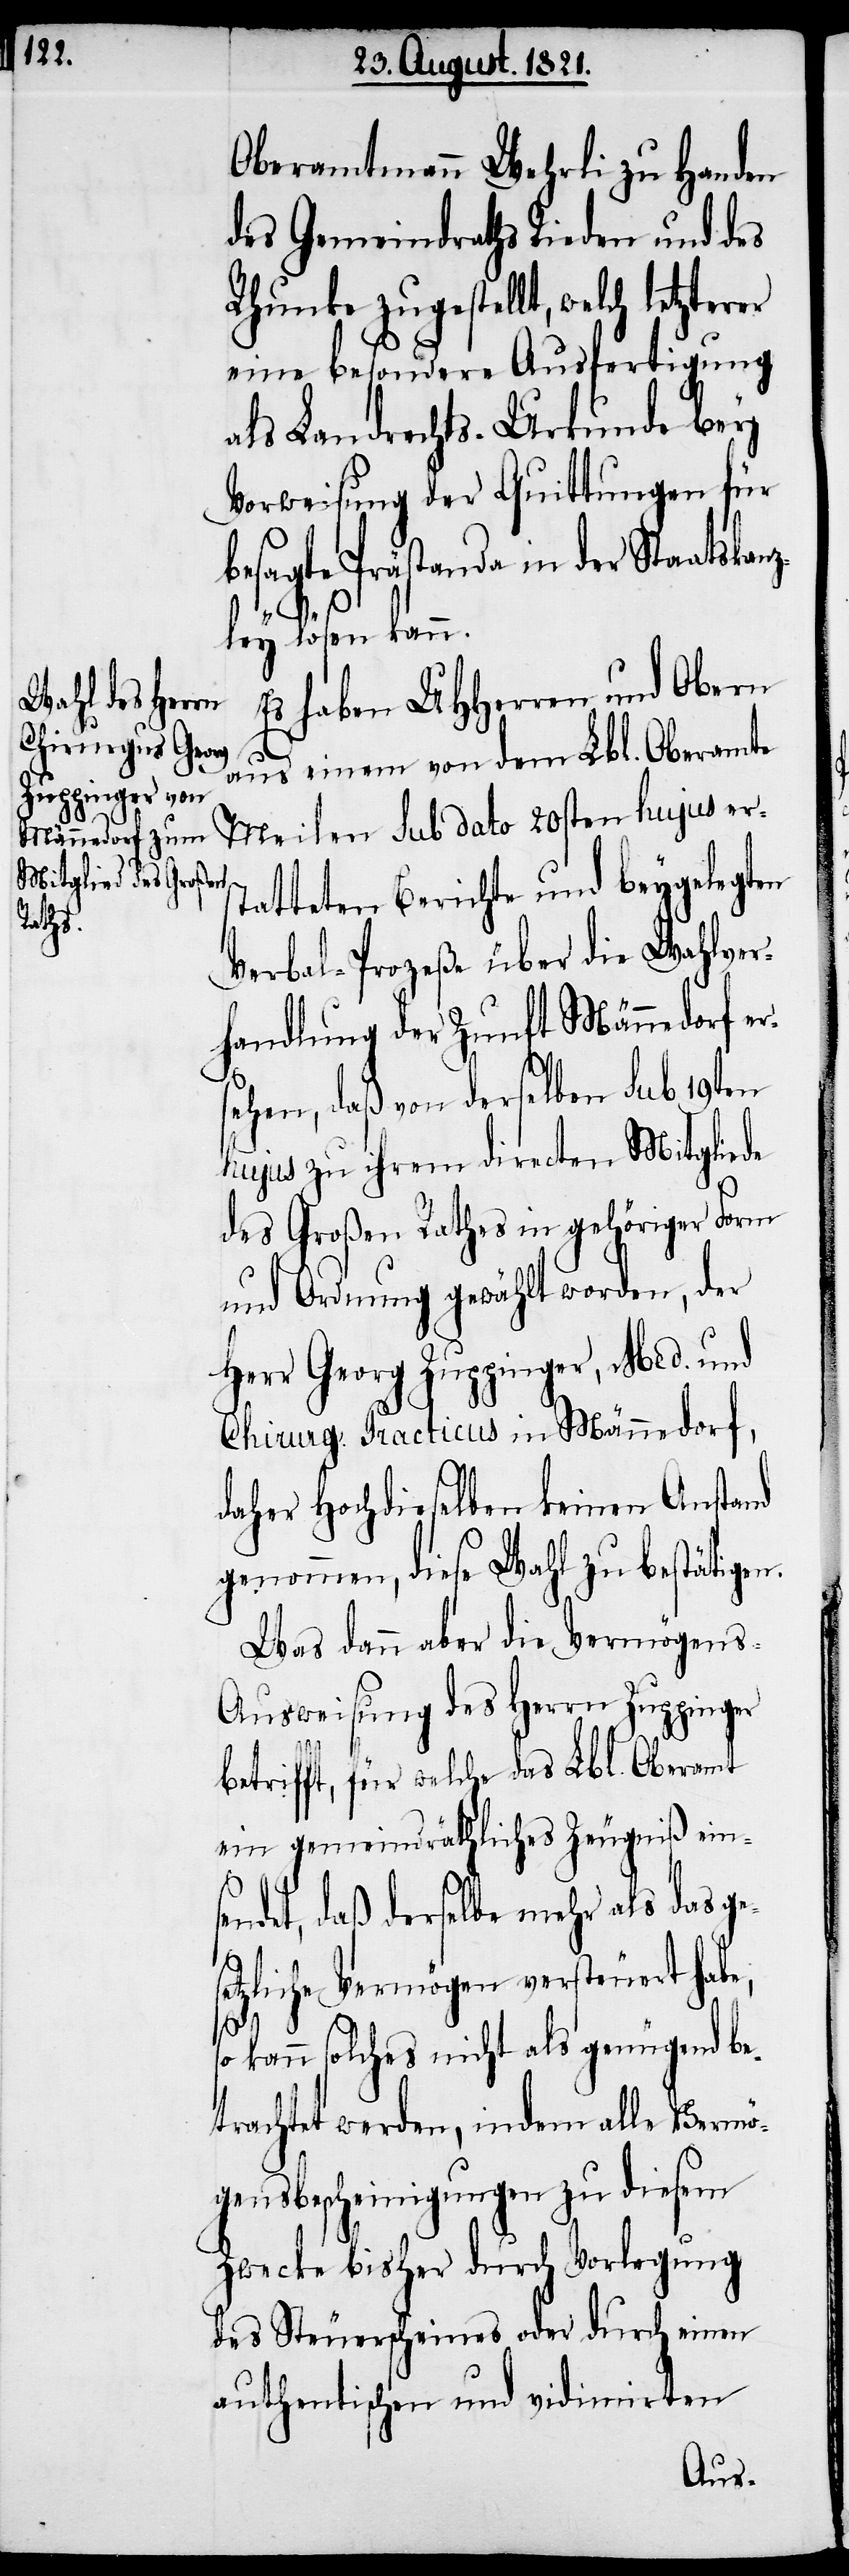
Oberamtmann Wehrli zu Handen
des Gemeindraths Rieden und des
Rhunke zugestellt, welch
eine besondere Ausfertigung
als Landrechts-Urkunde bey
Vorweisung der Quittungen für
besagte Prästanda in der Staatskan¬
ley lösen kann.
Es haben UHHerren und Obern
aus einem von dem Lbl. Oberamte
Meilen sub dato 20sten hujus ers¬
tatteten Berichte und Beygelegten
Verbal-Prozeße über die Wahlver¬
handlung der Zunft Männedorf er¬
sehen, daß von derselben sub 19ten
hujus zu ihrem directen Mitgliede
des Großen Raths in gehöriger Form
und Ordnung gewählt worden, der
Herr Georg Zuppinger, Med. und
Chirurg. Practicus in Männedorf,
daher Hochdieselben keinen Anstand
genommen, diese Wahl zu bestätigen.
Was dann aber die Vermögens-A¬
usweisung des Herrn Zuppinger
betrifft, für welche das Lbl. Oberamt
ein gemeindräthliches Zeugniß eins¬
endet, daß derselbe mehr als das ge¬
etzliche Vermögen versteuert habe;
s¬
s¬
o kann solches nicht als genügend be¬
trachtet werden, indem alle Vermö¬
gensbescheinigungen zu diesem
Zwecke bisher durch Vorlegung
des Steuerscheines oder durch einen
authentischen und vidimirten